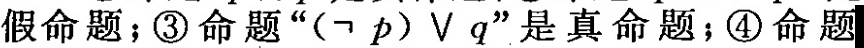
假命题﹔③命题”(\neg p \vee q”是真命题；④命题